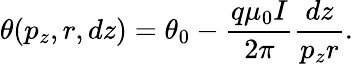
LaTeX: \theta(p_{z},r,dz)=\theta_{0}-\frac{q\mu_{0}I}{2\pi}\frac{dz}{p_{z}r}.